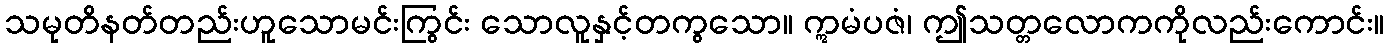
သမုတိနတ်တည်းဟူသောမင်းကြွင်း သောလူနှင့်တကွသော။ ဣမံပဇံ၊ ဤသတ္တလောကကိုလည်းကောင်း။